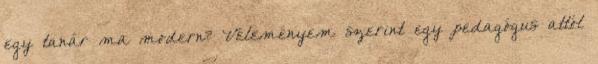
egy tanár ma modern? Véleményem szerint egy pedagógus attól